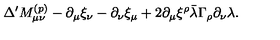
\Delta ^ { \prime } M _ { \mu \nu } ^ { ( p ) } - \partial _ { \mu } \xi _ { \nu } - \partial _ { \nu } \xi _ { \mu } + 2 \partial _ { \mu } \xi ^ { \rho } \bar { \lambda } \Gamma _ { \rho } \partial _ { \nu } \lambda .